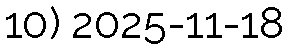
10) 2025-11-18